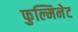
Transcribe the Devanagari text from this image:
फुल्मिनेट